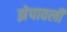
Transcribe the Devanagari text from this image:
झेपावली